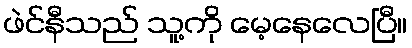
ဖဲင်နီသည် သူ့ကို မေ့နေလေပြီ။